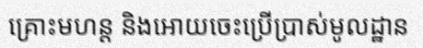
គ្រោះមហន្ត និងអោយចេះប្រើប្រាស់មូលដ្ឋាន